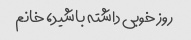
روز خوبی داشته باشید، خانم